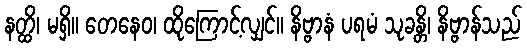
နတ္ထိ၊ မရှိ။ တေနေဝ၊ ထိုကြောင့်လျှင်။ နိဗ္ဗာနံ ပရမံ သုခန္တိ၊ နိဗ္ဗာန်သည်